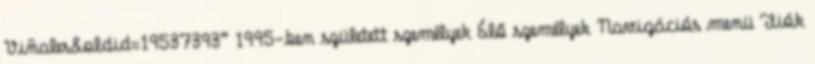
Viñales&oldid=19537393” 1995-ben született személyek Élő személyek Navigációs menü Fiók